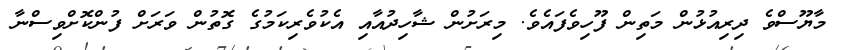
މާޔޫސްވެ ދިރިއުޅުން މަތިން ފޫހިވެފައެވެ. މިރަށުން ޝާހިދުއާއި އެކުވެރިކަމުގެ ގޮތުން ވަރަށް ފުންކޮށްވިސްނާ